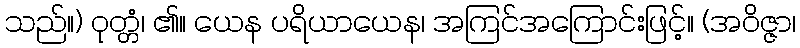
သည်။) ဝုတ္တံ၊ ၏။ ယေန ပရိယာယေန၊ အကြင်အကြောင်းဖြင့်။ (အဝိဇ္ဇာ၊